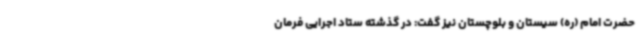
حضرت امام (ره) سیستان و بلوچستان نیز گفت: در گذشته ستاد اجرایی فرمان